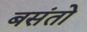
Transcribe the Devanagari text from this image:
बसंतो